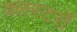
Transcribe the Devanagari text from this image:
क्लस्टरों